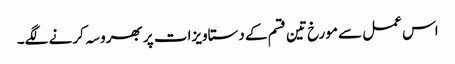
اس عمل سے مورخ تین قسم کے دستاویزات پر بھروسہ کرنے لگے۔